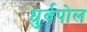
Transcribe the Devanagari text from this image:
धुर्वपोल